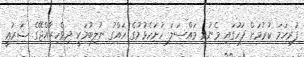
ފުރިހަމަ ކުރުމަށް ފަހުގައި މެނުވީ މައްސަލަ ހުށަހެޅުމުގެ ހައްގު ނުލިބުމަކީ ދިވެހިރާއްޖޭގެ ޝަރުޢީ